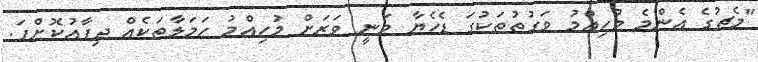
"މެޗުގެ އެންމެ މުހިއްމު ވަގުތުތަކުގަ ޑެހެޔާ ވަނީ ވަރަށް މުހިއްމު ހަމަލާތަކެއް ދިފާއުކޮށްފަ.